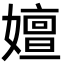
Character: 嬗